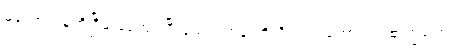
မကောင်းမှုကိုငြိမ်းစေအပ်ပြီးသောရဟန်းတို့ကိုလည်းကောင်း။ ဗြာဟ္မဏေစ၊